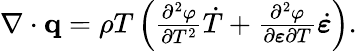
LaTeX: \begin{array}{r}{\nabla\cdot\mathbf q=\rho T\left(\frac{\partial^{2}\varphi}{\partial T^{2}}\dot{T}+\frac{\partial^{2}\varphi}{\partial\boldsymbol\varepsilon\partial T}\dot{\boldsymbol\varepsilon}\right).}\end{array}